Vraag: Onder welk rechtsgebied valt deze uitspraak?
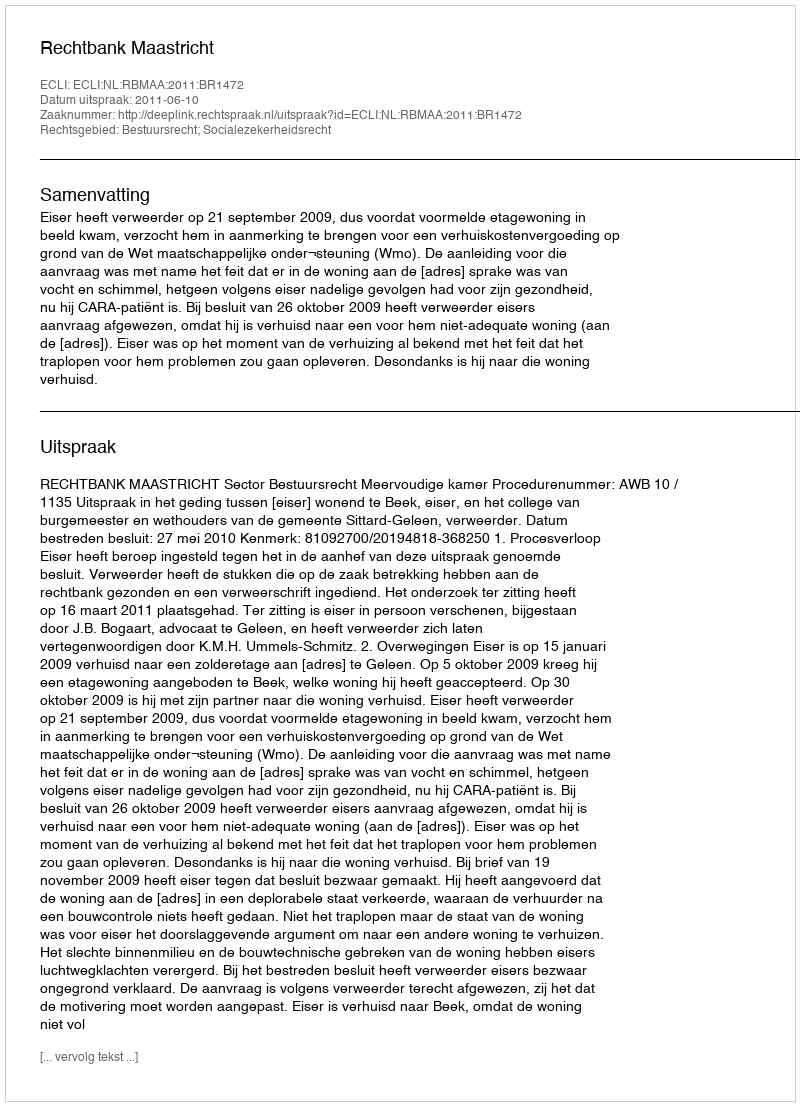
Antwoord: Bestuursrecht; Socialezekerheidsrecht